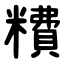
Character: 䊧